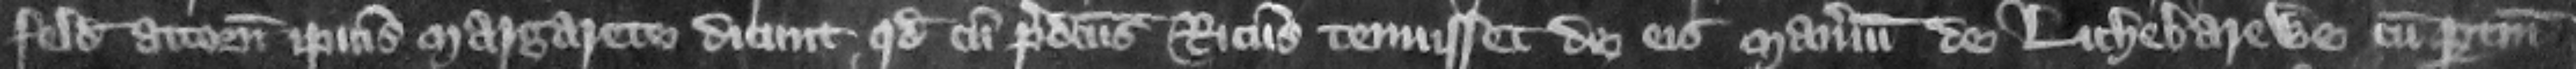
feld attornatum ipsius Margarete dicunt quod cum predictus Ricardus tenuisset de eis manerium de Lichebarewe cum pertinencis